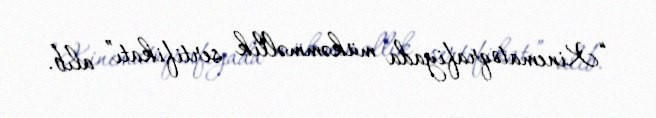
“Kinematoqrafiyada mükəmməllik sertifikatı” alıb.